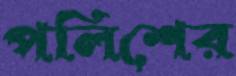
পলিশের